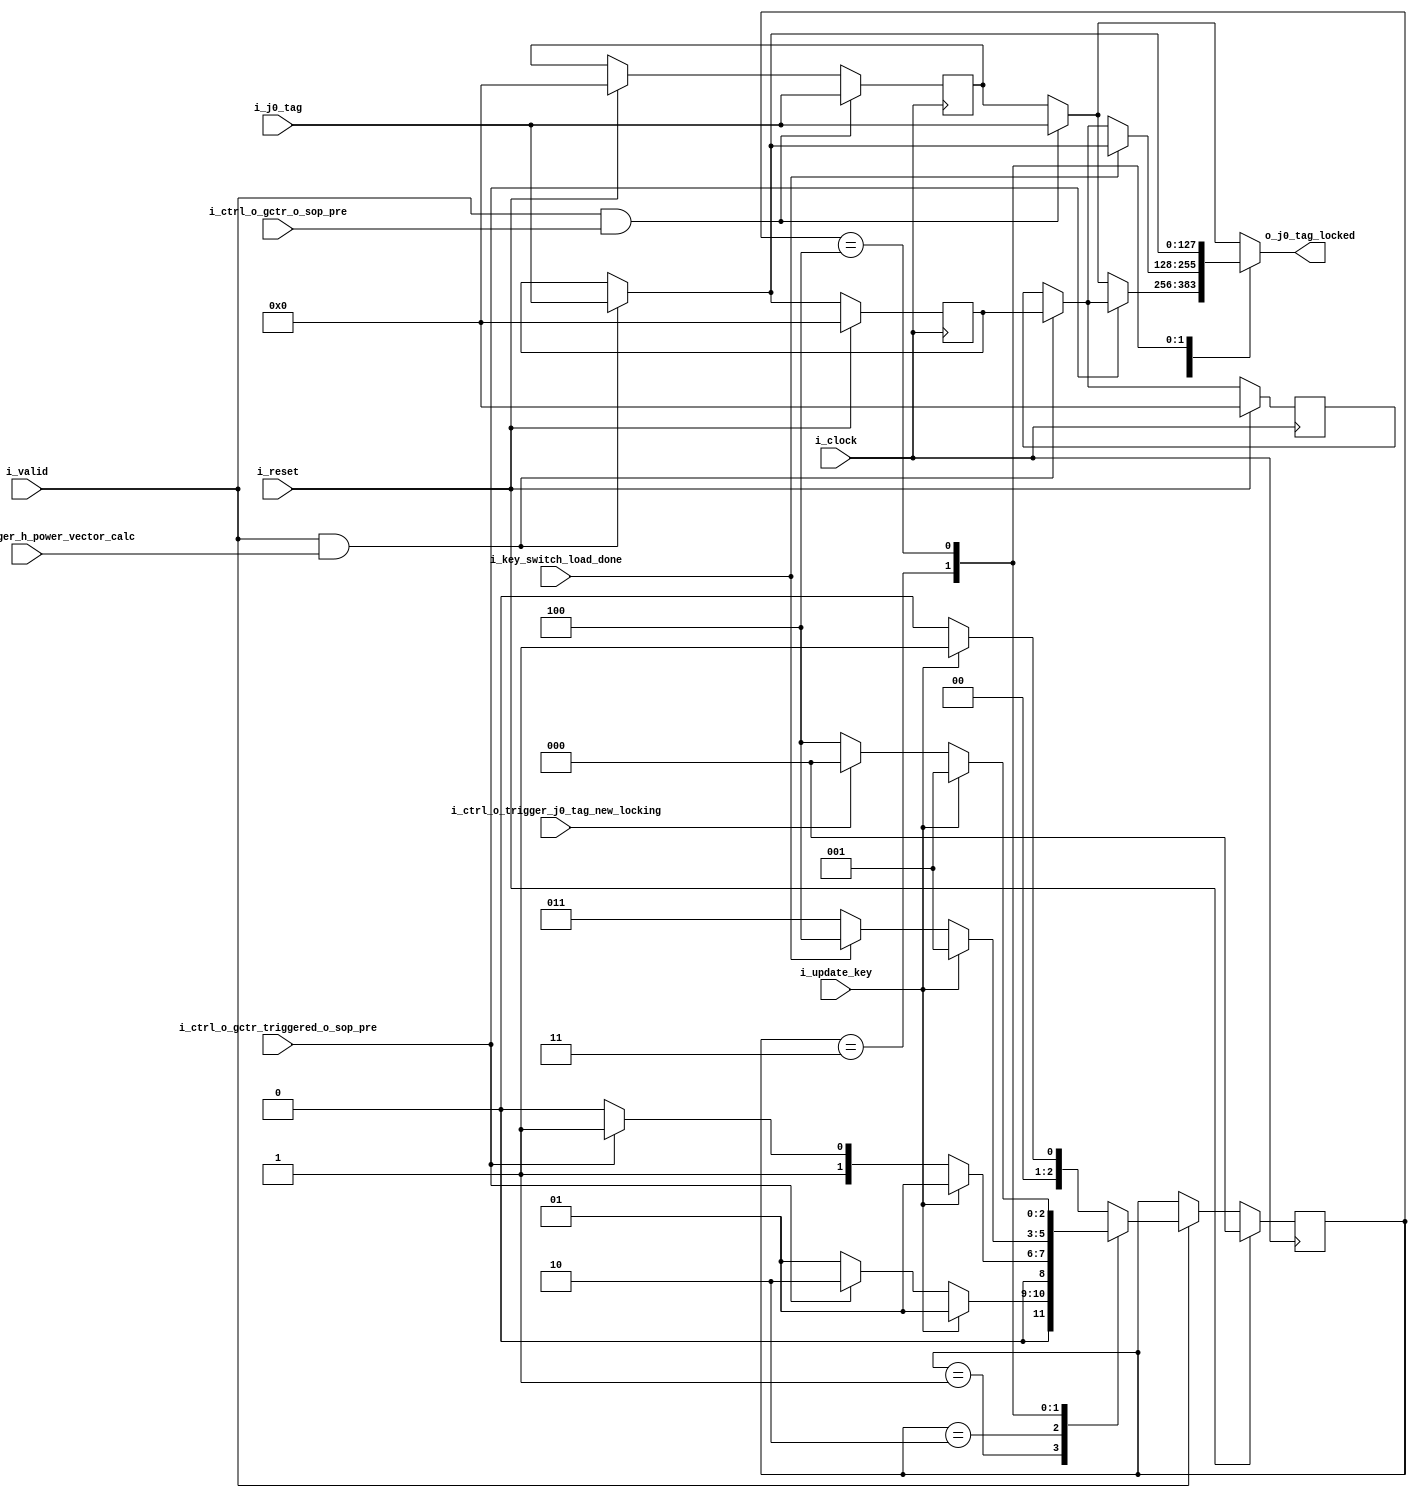
module j0_tag_fsm
#(
    parameter                                           NB_STATE            = 3                 ,     // Must be 3
    parameter                                           NB_BLOCK            = 128

)
(
    // OUTPUTS.
    output  wire    [ NB_BLOCK-1:0  ]                   o_j0_tag_locked                         ,
    // INPUTS.
    input   wire    [ NB_BLOCK-1:0  ]                   i_j0_tag                                ,
    input   wire                                        i_update_key                            ,
    input   wire                                        i_ctrl_o_trigger_h_power_vector_calc    ,
    input   wire                                        i_ctrl_o_gctr_o_sop_pre                 ,
    input   wire                                        i_ctrl_o_gctr_triggered_o_sop_pre       ,
    input   wire                                        i_key_switch_load_done                  ,
    input   wire                                        i_ctrl_o_trigger_j0_tag_new_locking     ,
    input   wire                                        i_reset                                 ,
    input   wire                                        i_valid                                 ,
    input   wire                                        i_clock
);

// QUICK INSTANCE: BEGIN
/*
j0_tag_fsm
#(
    .NB_STATE                               (  ),   // Must be 3
    .NB_BLOCK                               (  )
)
u_j0_tag_fsm
(
    .o_j0_tag_locked                        (  ),
    .i_j0_tag                               (  ),
    .i_update_key                           (  ),
    .i_ctrl_o_trigger_h_power_vector_calc   (  ),
    .i_ctrl_o_gctr_o_sop_pre                (  ),
    .i_ctrl_o_gctr_triggered_o_sop_pre      (  ),
    .i_key_switch_load_done                 (  ),
    .i_ctrl_o_trigger_j0_tag_new_locking    (  ),
    .i_reset                                (  ),
    .i_valid                                (  ),
    .i_clock                                (  )
);
*/
// QUICK INSTANCE: END

// LOCAL PARAMETERS.
localparam  [ NB_STATE-1:0  ]           ST_0_WAIT_KEY_UPDATE                = 0 ;
localparam  [ NB_STATE-1:0  ]           ST_1_WAIT_GCTR_O_SOP_PRE            = 1 ;
localparam  [ NB_STATE-1:0  ]           ST_2_WAIT_GCTR_O_SOP_PRE            = 2 ;
localparam  [ NB_STATE-1:0  ]           ST_3_WAIT_KEY_SWITCH_DONE           = 3 ;
localparam  [ NB_STATE-1:0  ]           ST_4_WAIT_J0_NEW_LOCKING_TRIGGER    = 4 ;

// INTERNAL SIGNALS
reg         [ NB_STATE-1:0  ]           state                                   ;
reg         [ NB_STATE-1:0  ]           state_next                              ;

reg         [ NB_BLOCK-1:0  ]           j0_tag_old_reg                          ;
wire        [ NB_BLOCK-1:0  ]           j0_tag_old                              ;
reg         [ NB_BLOCK-1:0  ]           j0_tag_new_reg                          ;
wire        [ NB_BLOCK-1:0  ]           j0_tag_new                              ;
reg         [ NB_BLOCK-1:0  ]           j0_tag_normal_reg                       ;
wire        [ NB_BLOCK-1:0  ]           j0_tag_normal                           ;
reg         [ NB_BLOCK-1:0  ]           j0_tag_locked_reg                       ;
wire        [ NB_BLOCK-1:0  ]           j0_tag_locked                           ;


// J0 Tag New Locking
always @( posedge i_clock )
begin: j0_tag_new_locking
    if ( i_reset )
    begin
        j0_tag_old_reg      <= { NB_BLOCK{1'b0} }   ;
        j0_tag_new_reg      <= { NB_BLOCK{1'b0} }   ;
        j0_tag_normal_reg   <= { NB_BLOCK{1'b0} }   ;
    end
    else if ( i_valid && i_ctrl_o_trigger_h_power_vector_calc )
    begin
        j0_tag_old_reg      <= j0_tag_new_reg       ;
        j0_tag_new_reg      <= i_j0_tag             ;
    end
    if( i_valid && i_ctrl_o_gctr_o_sop_pre )
        j0_tag_normal_reg   <= i_j0_tag             ;
end // j0_tag_new_locking
assign j0_tag_new       =   ( i_valid && i_ctrl_o_trigger_h_power_vector_calc )   ?   // cad_ence map_to_mux
                            i_j0_tag : j0_tag_new_reg                                                       ;

assign j0_tag_old       =   ( i_valid && i_ctrl_o_trigger_h_power_vector_calc )   ?   // cad_ence map_to_mux
                            j0_tag_new_reg : j0_tag_old_reg                                                 ;

assign j0_tag_normal   =    ( i_valid && i_ctrl_o_gctr_o_sop_pre )   ?   // cad_ence map_to_mux
                            i_j0_tag : j0_tag_normal_reg                                                    ;


// State update.
always @( posedge i_clock )
begin : l_state_update
    if ( i_reset )  // cad_ence map_to_mux
        state   <= ST_0_WAIT_KEY_UPDATE ;
    else if ( i_valid )
        state   <= state_next           ;
end // l_state_update

always @( * )
begin: j0_tag_locking

    state_next              = ST_0_WAIT_KEY_UPDATE  ;
    j0_tag_locked_reg       = j0_tag_normal              ;

    case( state )
    ST_0_WAIT_KEY_UPDATE            :
    begin
        casez( {i_update_key, i_ctrl_o_gctr_triggered_o_sop_pre, i_key_switch_load_done, i_ctrl_o_trigger_j0_tag_new_locking} )
        4'b1??? :   state_next      = ST_1_WAIT_GCTR_O_SOP_PRE  ;
        default :   state_next      = ST_0_WAIT_KEY_UPDATE      ;
        endcase
        j0_tag_locked_reg           = j0_tag_normal  ;
    end

    ST_1_WAIT_GCTR_O_SOP_PRE        :
    begin
        casez( {i_update_key, i_ctrl_o_gctr_triggered_o_sop_pre, i_key_switch_load_done, i_ctrl_o_trigger_j0_tag_new_locking} )
        4'b1??? :   state_next      = ST_1_WAIT_GCTR_O_SOP_PRE  ;
        4'b?1?? :   state_next      = ST_2_WAIT_GCTR_O_SOP_PRE  ;
        default :   state_next      = ST_1_WAIT_GCTR_O_SOP_PRE  ;
        endcase
        j0_tag_locked_reg           =   ( ~i_ctrl_o_gctr_triggered_o_sop_pre )    ?
                                        j0_tag_normal : j0_tag_old           ;
    end

    ST_2_WAIT_GCTR_O_SOP_PRE        :
    begin
        casez( {i_update_key, i_ctrl_o_gctr_triggered_o_sop_pre, i_key_switch_load_done, i_ctrl_o_trigger_j0_tag_new_locking} )
        4'b1??? :   state_next      = ST_1_WAIT_GCTR_O_SOP_PRE  ;
        4'b?1?? :   state_next      = ST_3_WAIT_KEY_SWITCH_DONE     ;
        default :   state_next      = ST_2_WAIT_GCTR_O_SOP_PRE      ;
        endcase
        j0_tag_locked_reg           = j0_tag_normal ;
    end

    ST_3_WAIT_KEY_SWITCH_DONE       :
    begin
        casez( {i_update_key, i_ctrl_o_gctr_triggered_o_sop_pre, i_key_switch_load_done, i_ctrl_o_trigger_j0_tag_new_locking} )
        4'b1??? :   state_next      = ST_1_WAIT_GCTR_O_SOP_PRE  ;
        4'b??1? :   state_next      = ST_4_WAIT_J0_NEW_LOCKING_TRIGGER  ;
        default :   state_next      = ST_3_WAIT_KEY_SWITCH_DONE         ;
        endcase
        j0_tag_locked_reg           =   ( i_key_switch_load_done )  ?
                                        j0_tag_new : j0_tag_old     ;
    end

    ST_4_WAIT_J0_NEW_LOCKING_TRIGGER:
    begin
        casez( {i_update_key, i_ctrl_o_gctr_triggered_o_sop_pre, i_key_switch_load_done, i_ctrl_o_trigger_j0_tag_new_locking} )
        4'b1??? :   state_next      = ST_1_WAIT_GCTR_O_SOP_PRE  ;
        4'b???1 :   state_next      = ST_0_WAIT_KEY_UPDATE              ;
        default :   state_next      = ST_4_WAIT_J0_NEW_LOCKING_TRIGGER  ;
        endcase
        j0_tag_locked_reg           = j0_tag_new    ;
    end


    default                         :
    begin
        casez( {i_update_key, i_ctrl_o_gctr_triggered_o_sop_pre, i_key_switch_load_done, i_ctrl_o_trigger_j0_tag_new_locking} )
        4'b1??? :   state_next      = ST_1_WAIT_GCTR_O_SOP_PRE  ;
        default :   state_next      = ST_0_WAIT_KEY_UPDATE      ;
        endcase
        j0_tag_locked_reg           = j0_tag_normal  ;
    end
    endcase
end

assign o_j0_tag_locked    = j0_tag_locked_reg   ;

endmodule   // j0_tag_fsm